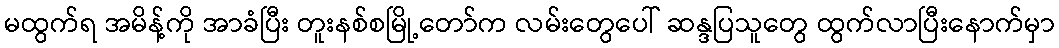
မထွက်ရ အမိန့်ကို အာခံပြီး တူးနစ်စမြို့တော်က လမ်းတွေပေါ် ဆန္ဒပြသူတွေ ထွက်လာပြီးနောက်မှာ